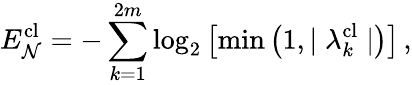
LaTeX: E_{\mathcal{N}}^{\textrm{cl}}=-\sum_{k=1}^{2m}\log_{2}\left[\operatorname*{min}\left(1,\mid\lambda_{k}^{\textrm{cl}}\mid\right)\right]\, ,